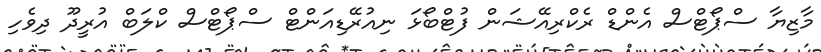
މާޒިޔާ ސްޕޯޓްސް އެންޑް ރެކްރިއޭޝަން ފުޓްބޯޅަ ނިއުރޭޑިއަންޓް ސްޕޯޓްސް ކްލަބް އުރީދޫ ދިވެހި